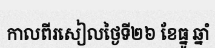
កាលពីរសៀលថ្ងៃទី២៦ ខែធ្នូ ឆ្នាំ